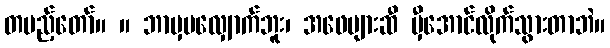
တပည့်တော်။ ။ ဘာမှမလျှောက်ဘူး၊ အဖေများဆီ မှီအောင်လိုက်သွားတာဘဲ။